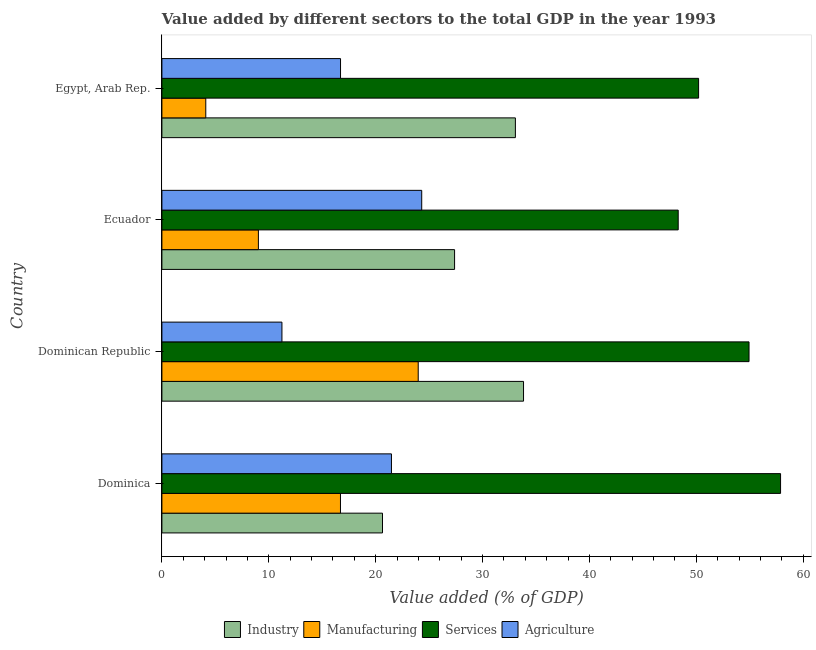
| Country | Industry | Manufacturing | Services | Agriculture |
 | --- | --- | --- | --- | --- |
 | Dominica | 20.6 | 16.7 | 57.9 | 21.5 |
 | Dominican Republic | 33.8 | 24 | 54.9 | 11.2 |
 | Ecuador | 27.4 | 9.03 | 48.3 | 24.3 |
 | Egypt, Arab Rep. | 33.1 | 4.11 | 50.2 | 16.7 |